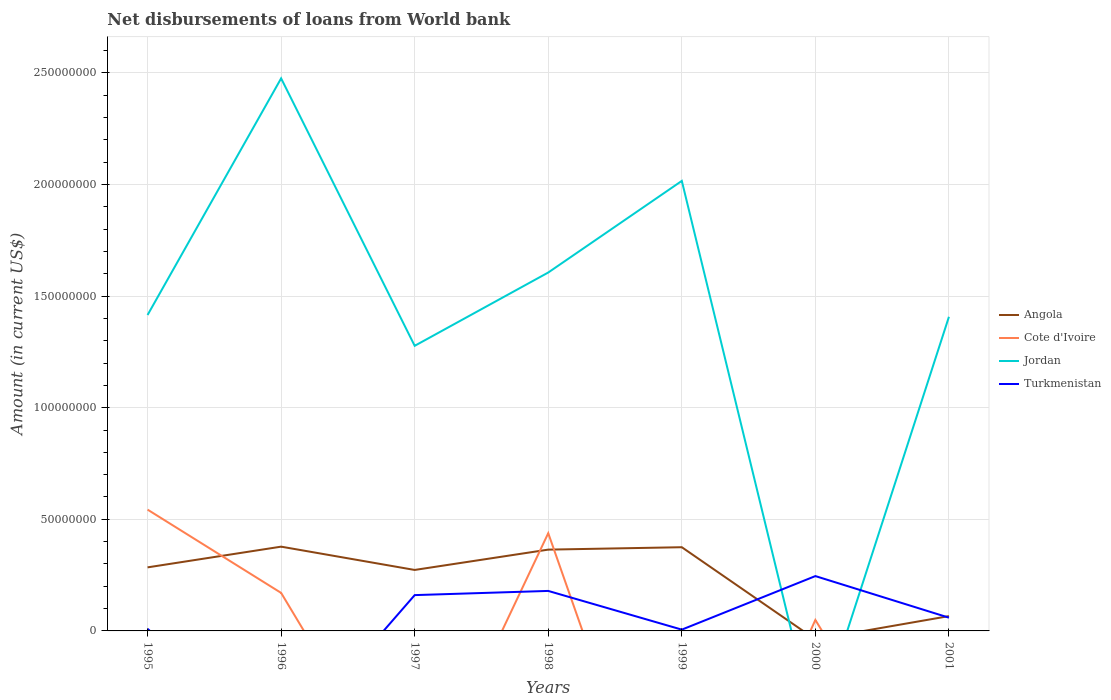
| Years | Angola | Cote d'Ivoire | Jordan | Turkmenistan |
 | --- | --- | --- | --- | --- |
 | 1995 | 2.85e+07 | 5.43e+07 | 1.42e+08 | 9.57e+05 |
 | 1996 | 3.78e+07 | 1.7e+07 | 2.48e+08 | -5.27e+07 |
 | 1997 | 2.73e+07 | -8.27e+07 | 1.28e+08 | 1.6e+07 |
 | 1998 | 3.64e+07 | 4.38e+07 | 1.61e+08 | 1.79e+07 |
 | 1999 | 3.75e+07 | -1.27e+08 | 2.02e+08 | 5.75e+05 |
 | 2000 | -3.78e+06 | 4.92e+06 | -4.41e+07 | 2.46e+07 |
 | 2001 | 6.63e+06 | -9.3e+07 | 1.41e+08 | 5.93e+06 |